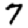
Digit: 7